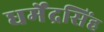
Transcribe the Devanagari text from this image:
धर्मेंद्रसिंह